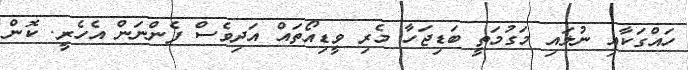
ހައްގަކާއި ނުލައި މަގުމަތީ ބަޑިޖަހާ މެރި ވީޑިއޯތައް އަދިވެސް ފެންނަން އެހެރީ. ކޮން